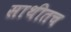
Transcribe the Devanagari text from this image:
साथीतच